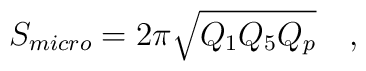
S_{micro} = 2\pi \sqrt{Q_1 Q_5 Q_p} \quad ,